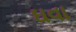
ઘવા